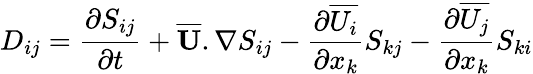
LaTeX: D_{ij}={\frac{\partial S_{ij}}{\partial t}}+\mathbf{\overline{{U}}}.\nabla S_{ij}-{\frac{\partial\overline{{U_{i}}}}{\partial x_{k}}}S_{kj}-{\frac{\partial\overline{{U_{j}}}}{\partial x_{k}}}S_{ki}